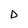
Character: D